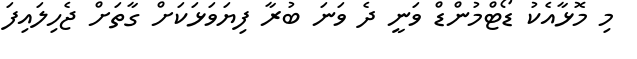
މި މޮޅާއެކު ޑޯޓްމުންޑް ވަނީ ދެ ވަނަ ބުރާ ފިޔަވަޅަކަށް ގާތަށް ޖެހިލައިފަ